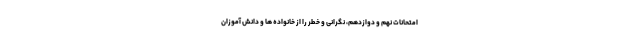
امتحانات نهم و دوازدهم، نگرانی و خطر را از خانواده ها و دانش آموزان